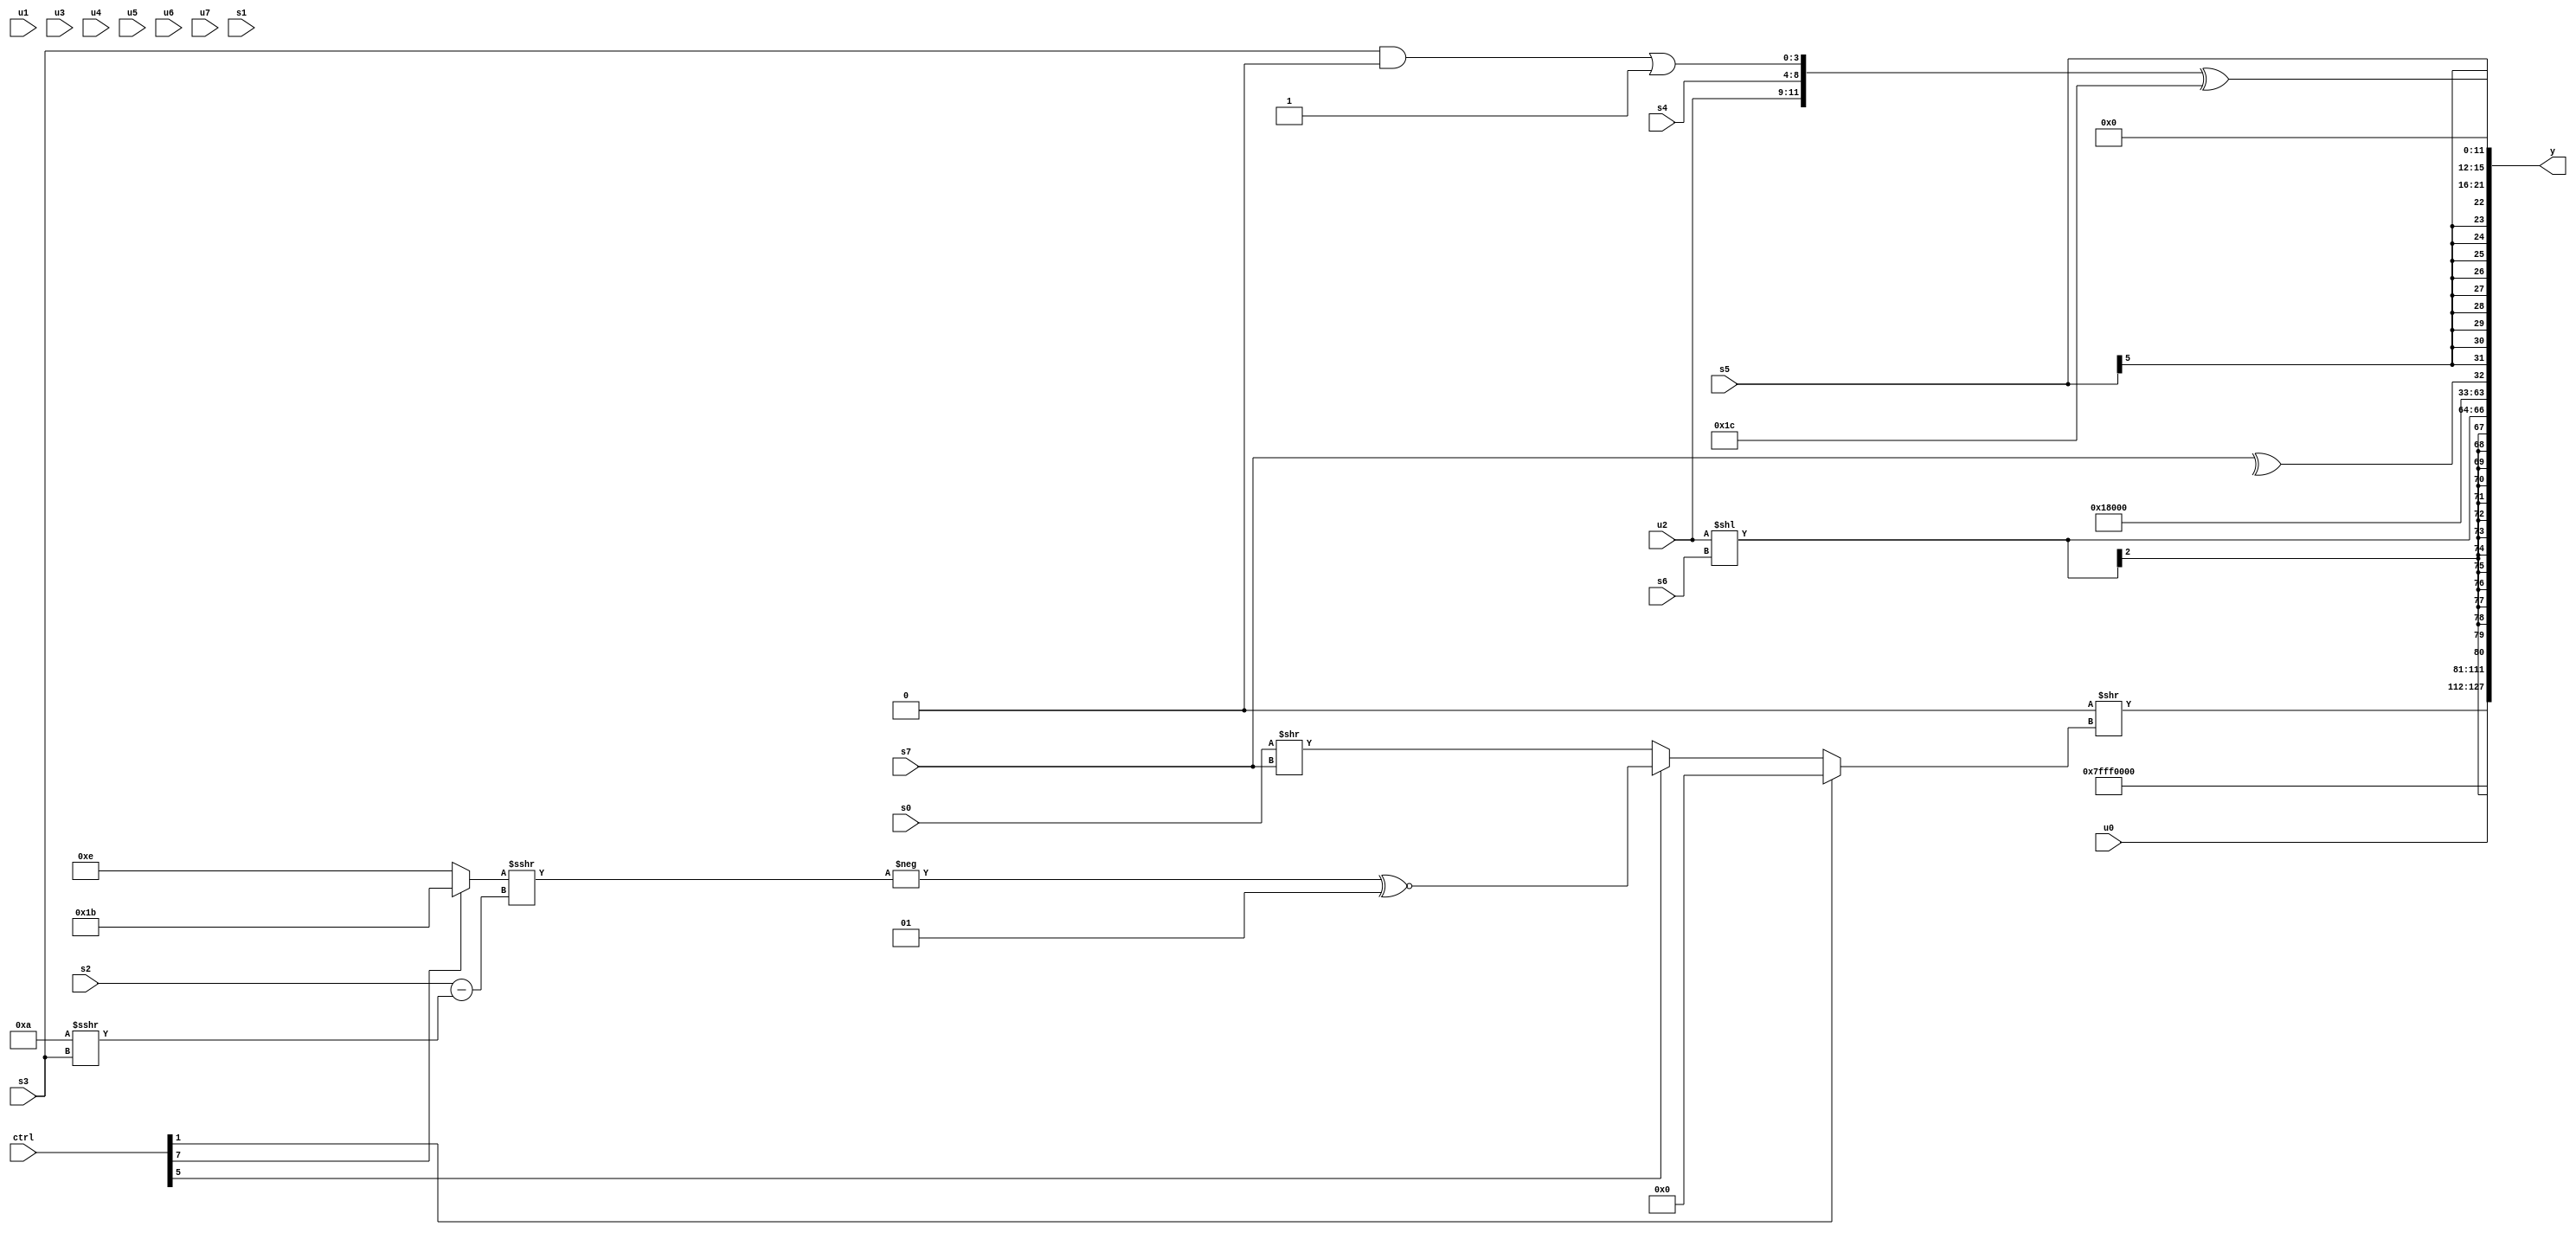
module wideexpr_00819(ctrl, u0, u1, u2, u3, u4, u5, u6, u7, s0, s1, s2, s3, s4, s5, s6, s7, y);
  input [7:0] ctrl;
  input [0:0] u0;
  input [1:0] u1;
  input [2:0] u2;
  input [3:0] u3;
  input [4:0] u4;
  input [5:0] u5;
  input [6:0] u6;
  input [7:0] u7;
  input signed [0:0] s0;
  input signed [1:0] s1;
  input signed [2:0] s2;
  input signed [3:0] s3;
  input signed [4:0] s4;
  input signed [5:0] s5;
  input signed [6:0] s6;
  input signed [7:0] s7;
  output [127:0] y;
  wire [15:0] y0;
  wire [15:0] y1;
  wire [15:0] y2;
  wire [15:0] y3;
  wire [15:0] y4;
  wire [15:0] y5;
  wire [15:0] y6;
  wire [15:0] y7;
  assign y = {y0,y1,y2,y3,y4,y5,y6,y7};
  assign y0 = (2'sb00)>>((ctrl[1]?5'sb00000:(ctrl[5]?(-(((ctrl[7]?4'sb1011:5'sb01110))>>>((s2)-((-(4'sb0110))>>>($signed(s3))))))^~(2'sb01):(s0)>>(s7))));
  assign y1 = 2'sb10;
  assign y2 = u0;
  assign y3 = $signed((u2)<<($signed(s6)));
  assign y4 = 3'sb011;
  assign y5 = ^(s7);
  assign y6 = s5;
  assign y7 = ($signed({u2,$signed($unsigned(s4)),((s3)&(2'sb00))|(4'sb1111)}))^($unsigned(-(+({1'sb1,5'sb00100}))));
endmodule